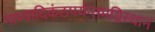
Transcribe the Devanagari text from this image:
नाभ्यादिकंठपर्यन्तमग्निस्थानं